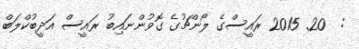
:  20